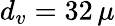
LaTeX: d_{v}=32\, \mu